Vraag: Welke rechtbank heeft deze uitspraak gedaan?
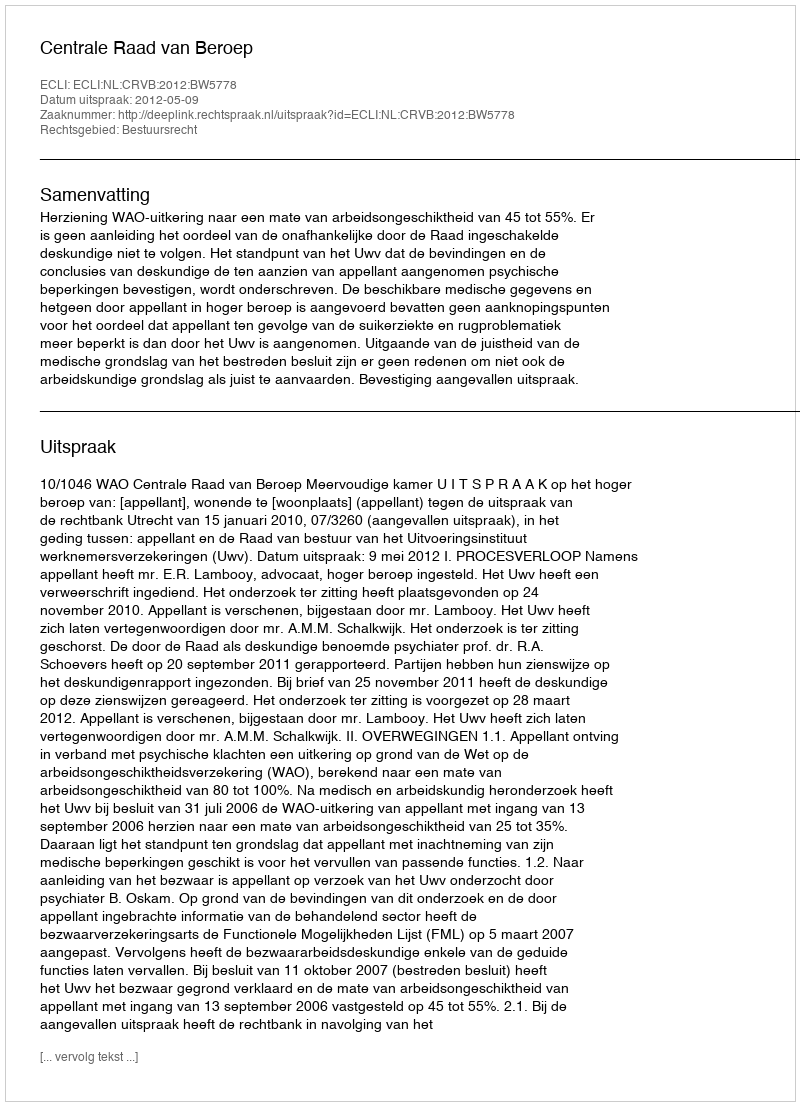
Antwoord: Centrale Raad van Beroep